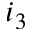
i _ { 3 }